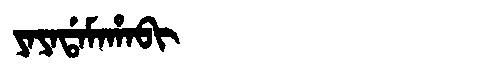
Manchu: ᠶᠠᠶᠠᡩᠠᠮᠠᡥᠠᠪᡳ
Romanization: YAYADAMAHABI